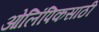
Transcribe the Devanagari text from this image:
ओलिंपिकसाठी